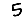
Digit: 5